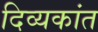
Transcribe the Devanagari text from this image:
दिव्यकांत